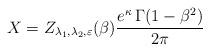
LaTeX: \begin{align*}X = Z_{\lambda_1,\lambda_2,\varepsilon}(\beta) \frac{e^{\kappa}\,\Gamma(1-\beta^2)}{2\pi}\end{align*}